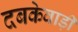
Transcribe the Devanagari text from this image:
दबकेवाड़ी